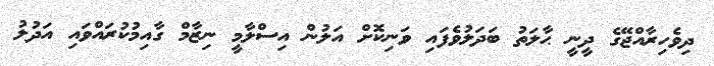
ދިވެހިރާއްޖޭގެ ދީނީ ޙާލަތު ބަދަލުވެފައި ވަނިކޮށް އަލުން އިސްލާމީ ނިޒާމް ގާއިމުކުރައްވައި އަދުލު